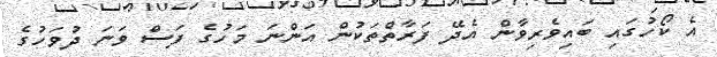
އެ ކޯހުގައި ބައިވެރިވާން އެދޭ ފަރާތްތަކުން އަންނަ މަހުގެ ފަސް ވަނަ ދުވަހުގެ